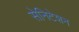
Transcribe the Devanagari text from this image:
सेनिटेशन